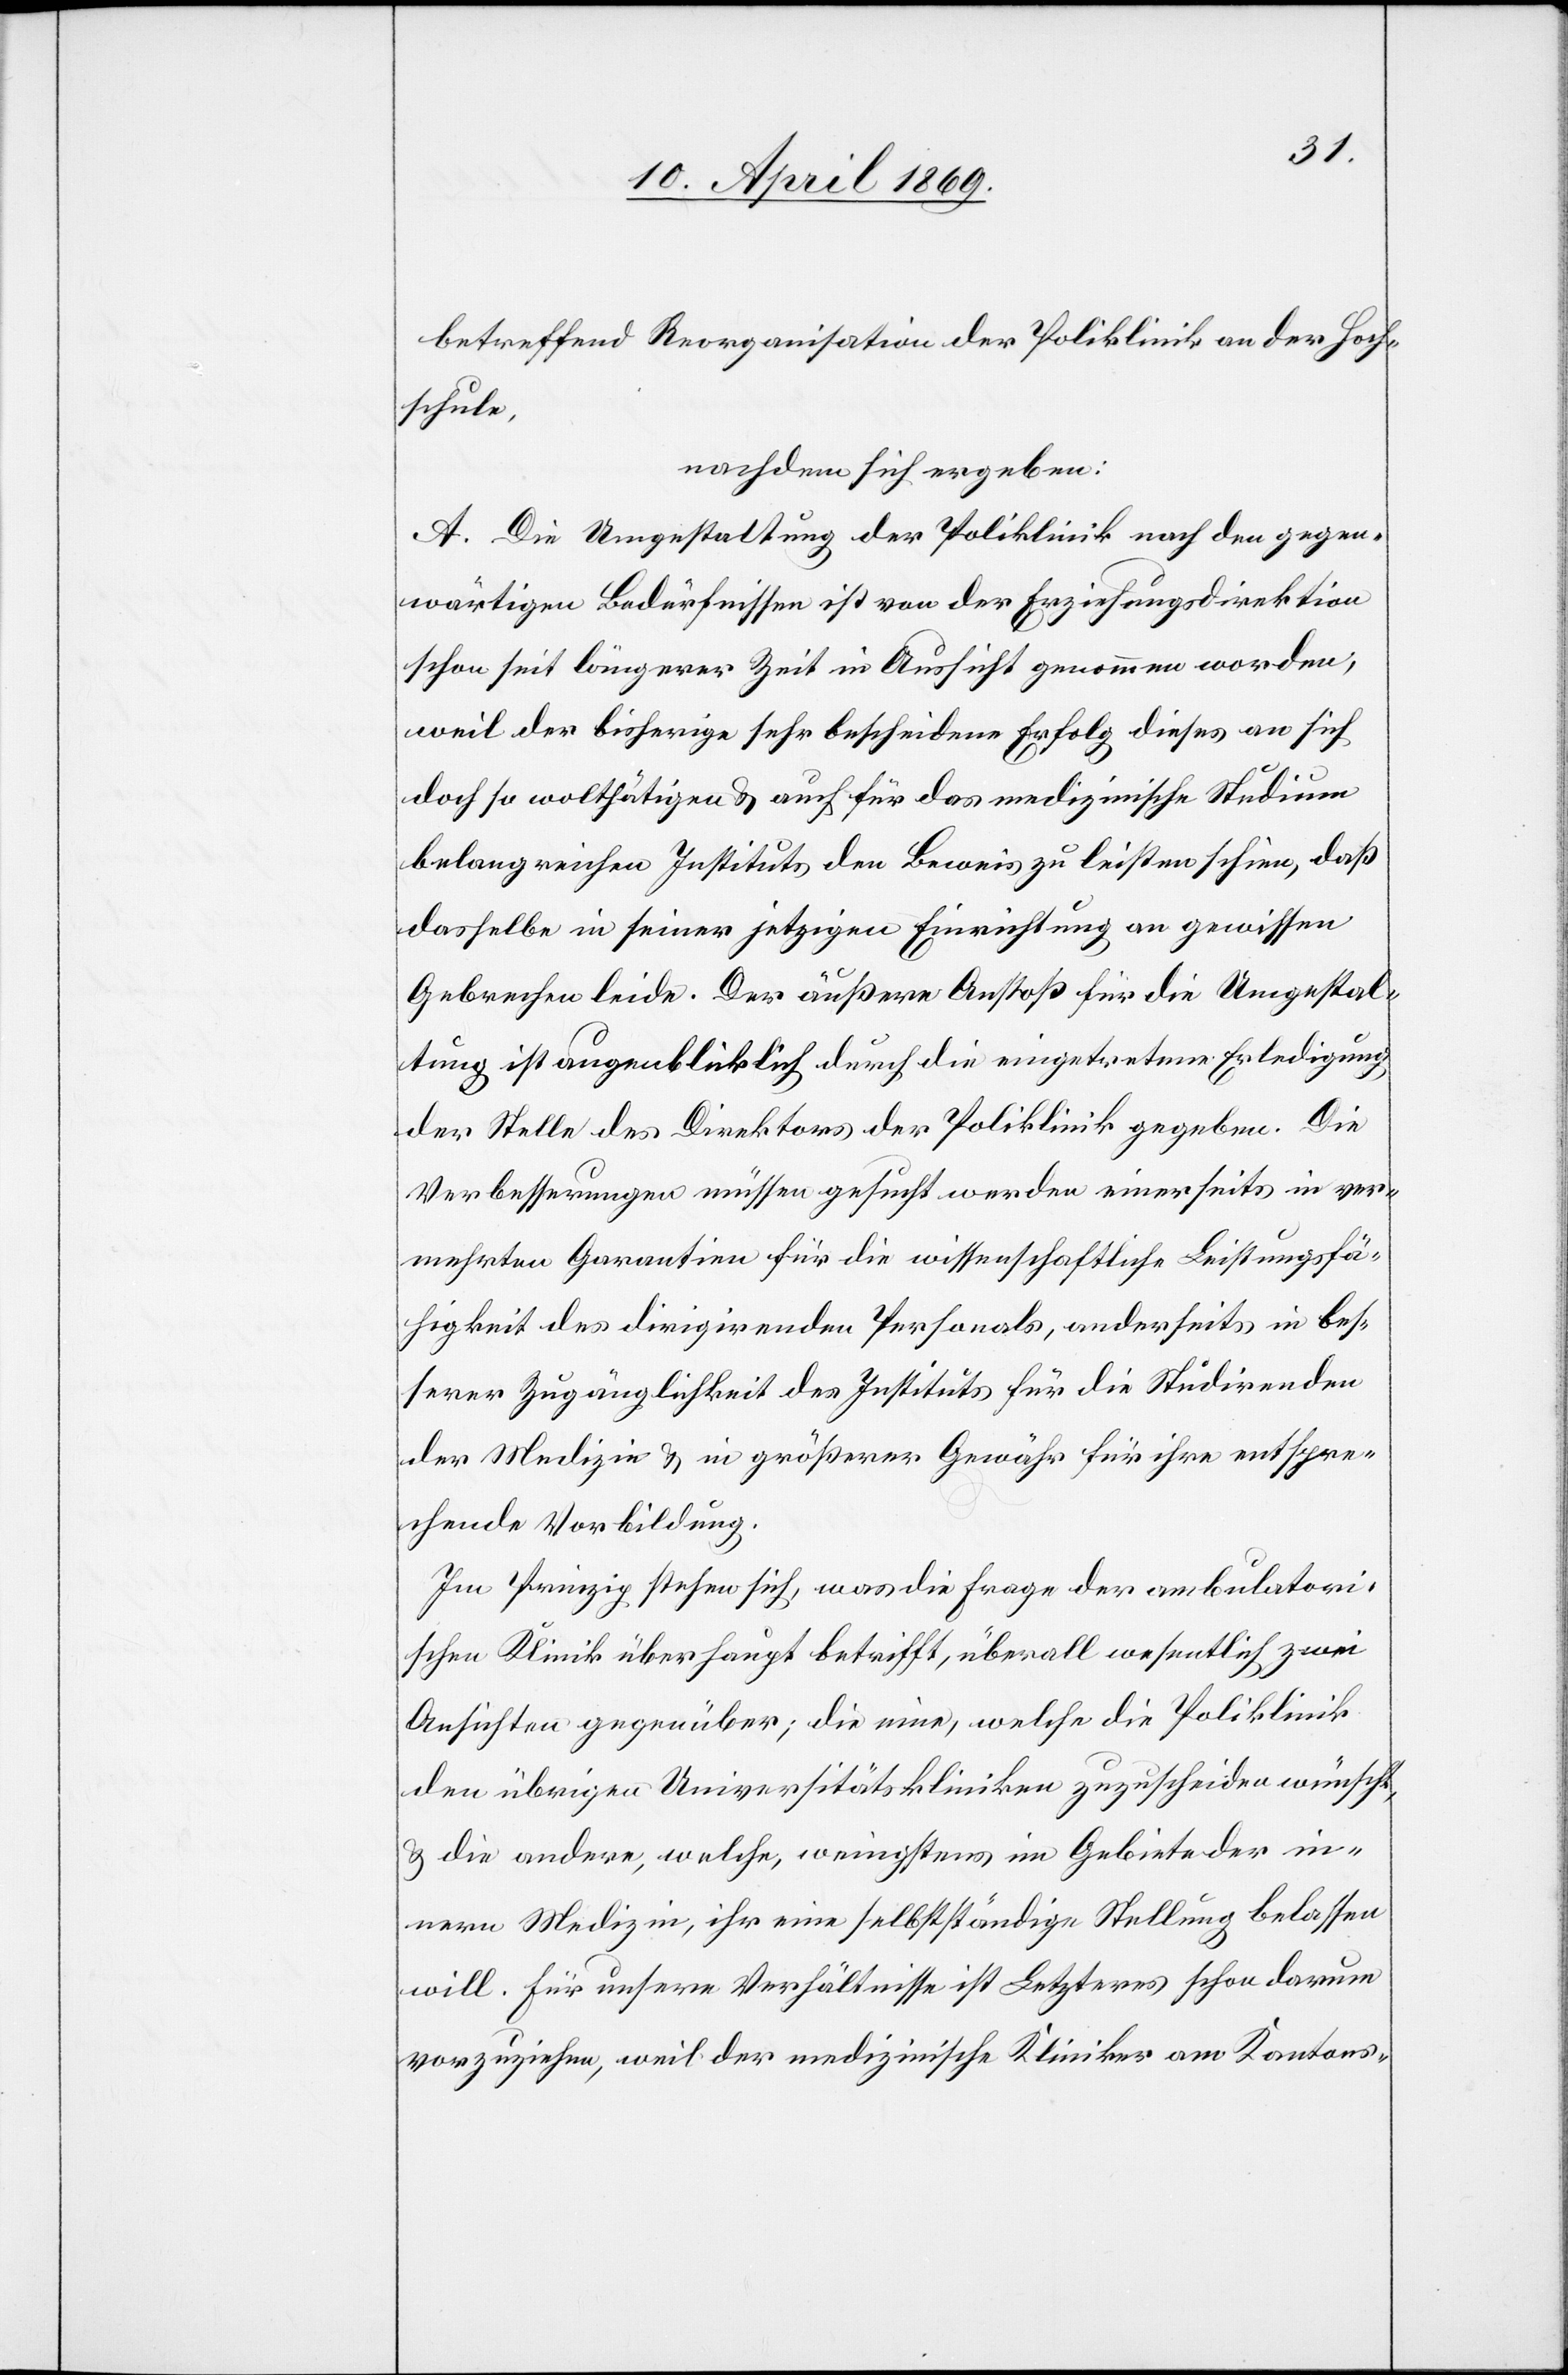
betreffend Reorganisation der Poliklinik an der Hoch¬
schule,
nachdem sich ergeben:
A. Die Umgestaltung der Poliklinik nach den gegen¬
wärtigen Bedürfnissen ist von der Erziehungsdirektion
schon seit längerer Zeit in Aussicht genommen worden,
weil der bisherige sehr bescheidene Erfolg dieses an sich
doch so wohlthätigen u. auch für das medizinische Studium
belangreichen Instituts den Beweis zu leisten schien, daß
dasselbe in seiner jetzigen Einrichtung an gewissen
Gebrechen leide. Der äußere Anstoß für die Umgestal¬
tung ist augenblicklich durch die eingetretene Erledigung
der Stelle des Direktors der Poliklinik gegeben. Die
Verbesserungen müssen gesucht werden einerseits in ver¬
mehrten Garantien für die wissenschaftliche Leistungsfä¬
higkeit des dirigirenden Personals, anderseits in bes¬
serer Zugänglichkeit des Instituts für die Studirenden
der Medizin u. in größerer Gewähr für ihre entspre¬
chende Vorbildung.
Im Prinzip stehen sich, was die Frage der ambulatori¬
schen Klinik überhaupt betrifft, überall wesentlich zwei
Ansichten gegenüber; die eine, welche die Poliklinik
den übrigen Universitätskliniken zuzuscheiden wünscht,
u. die andere, welche, wenigstens in Gebiete der in¬
nern Medizin, ihr eine selbständige Stellung belassen
will. Für unsere Verhältnisse ist Letzteres schon darum
vorzuziehen, weil der medizinische Kliniker am Kantons-